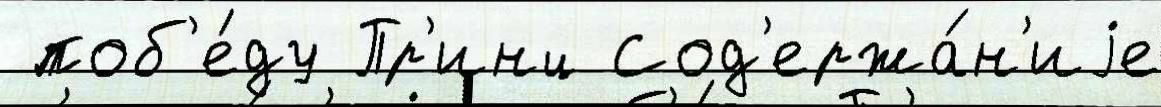
 поб'е́ду Пр'инц Сод'ержа́н'иjе